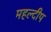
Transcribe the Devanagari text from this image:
महल्दीप